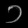
Digit: ၁